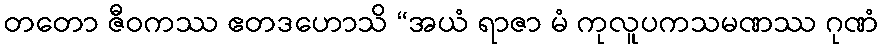
တတော ဇီဝကဿ ဧတဒဟောသိ “အယံ ရာဇာ မံ ကုလူပကသမဏဿ ဂုဏံ